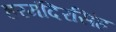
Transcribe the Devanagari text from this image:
हरमंदिरसिंह